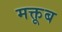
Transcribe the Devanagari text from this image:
मक्तूब